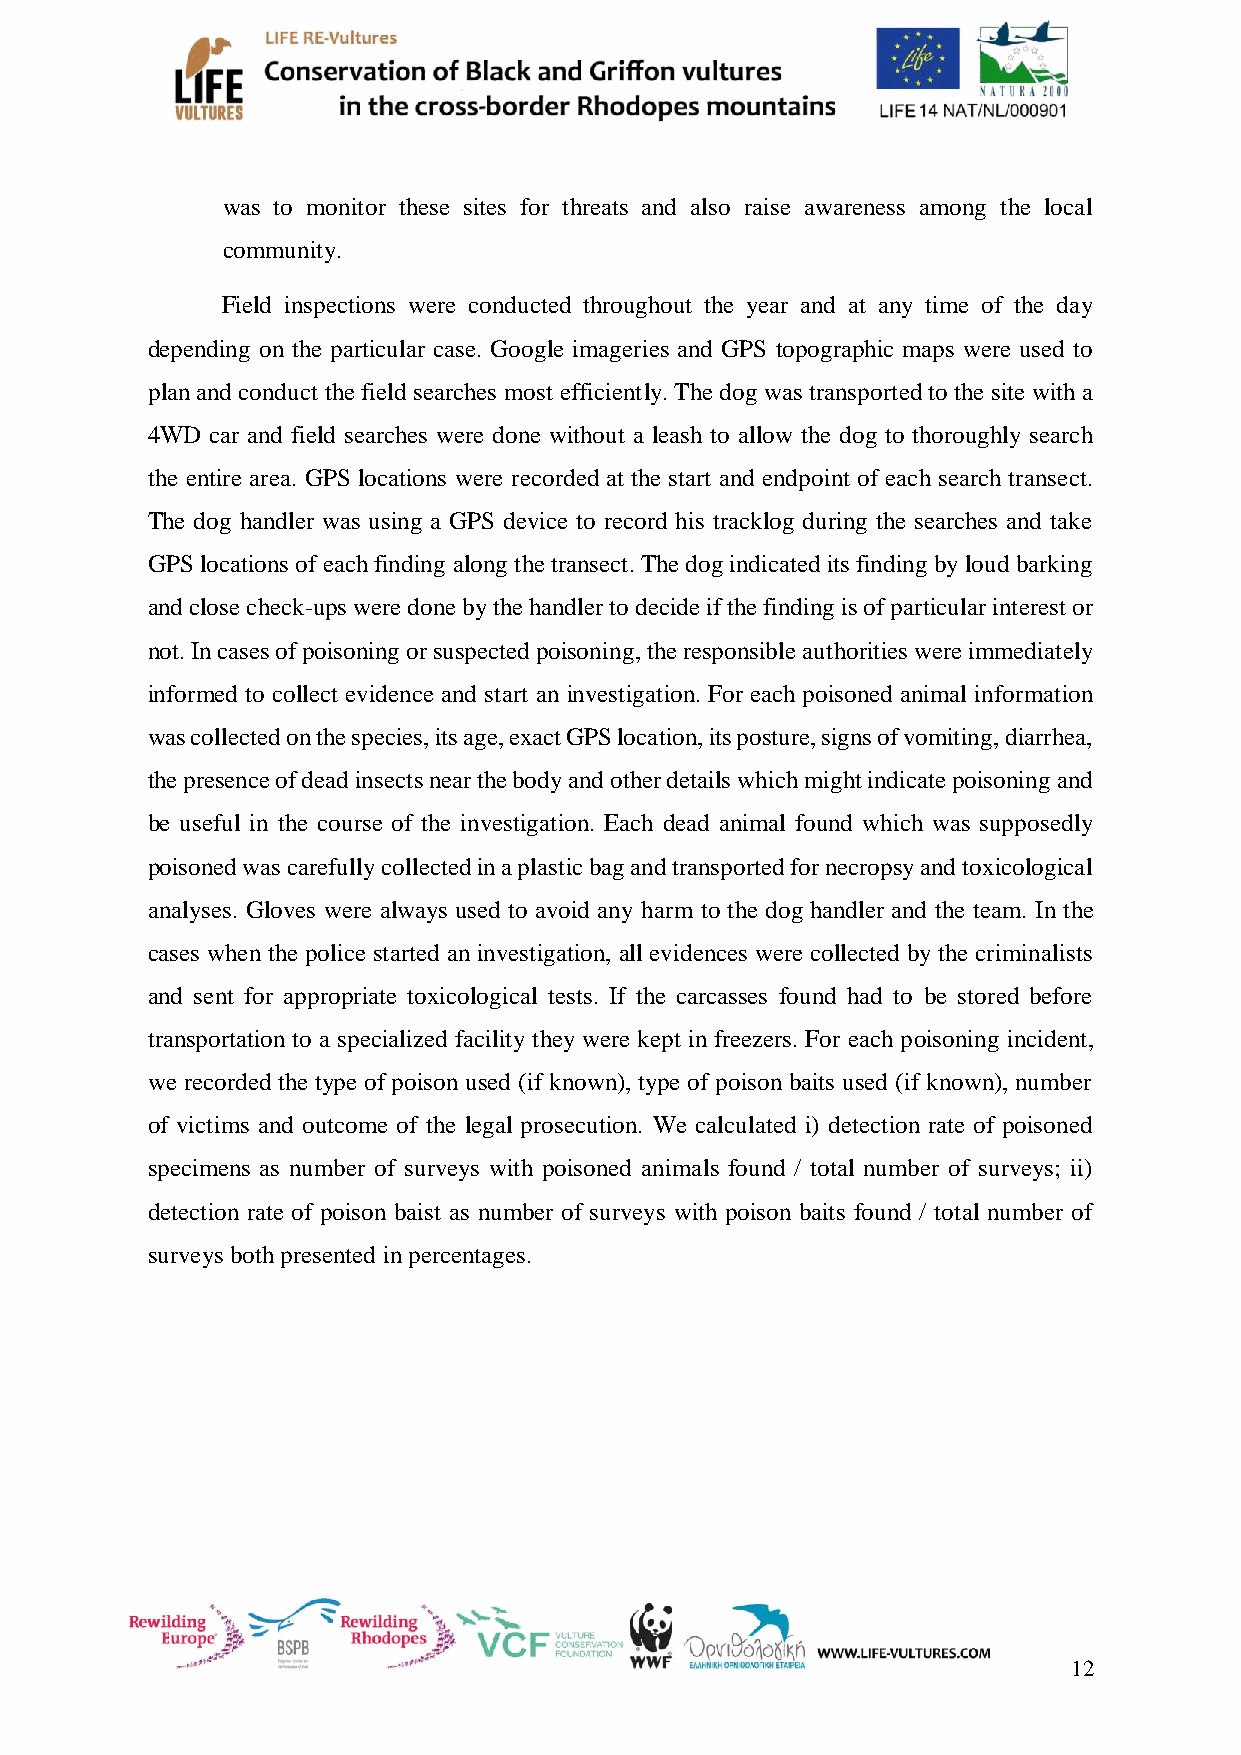
was to monitor these sites for threats and also raise awareness among the local
 community.
 Field inspections were conducted throughout the year and at any time of the day
 depending on the particular case. Google imageries and GPS topographic maps were used to
 plan and conduct the field searches most efficiently. The dog was transported to the site with a
 4WD car and field searches were done without a leash to allow the dog to thoroughly search
 the entire area. GPS locations were recorded at the start and endpoint of each search transect.
 The dog handler was using a GPS device to record his tracklog during the searches and take
 GPS locations of each finding along the transect. The dog indicated its finding by loud barking
 and close check-ups were done by the handler to decide if the finding is of particular interest or
 not. In cases of poisoning or suspected poisoning, the responsible authorities were immediately
 informed to collect evidence and start an investigation. For each poisoned animal information
 was collected on the species, its age, exact GPS location, its posture, signs of vomiting, diarrhea,
 the presence of dead insects near the body and other details which might indicate poisoning and
 be useful in the course of the investigation. Each dead animal found which was supposedly
 poisoned was carefully collected in a plastic bag and transported for necropsy and toxicological
 analyses. Gloves were always used to avoid any harm to the dog handler and the team. In the
 cases when the police started an investigation, all evidences were collected by the criminalists
 and sent for appropriate toxicological tests. If the carcasses found had to be stored before
 transportation to a specialized facility they were kept in freezers. For each poisoning incident,
 we recorded the type of poison used (if known), type of poison baits used (if known), number
 of victims and outcome of the legal prosecution. We calculated i) detection rate of poisoned
 specimens as number of surveys with poisoned animals found / total number of surveys; ii)
 detection rate of poison baist as number of surveys with poison baits found / total number of
 surveys both presented in percentages.
 12